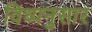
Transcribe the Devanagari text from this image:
विध्यनुसार